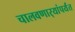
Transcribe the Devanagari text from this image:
चालवणार्‍यांपर्यंत